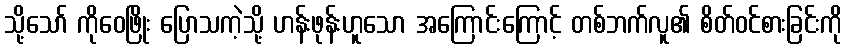
သို့သော် ကိုဝေဖြိုး ပြောသကဲ့သို့ ဟန်းဖုန်းဟူသော အကြောင်းကြောင့် တစ်ဘက်လူ၏ စိတ်ဝင်စားခြင်းကို